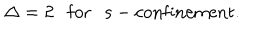
LaTeX: \Delta = 2 \mathrm { f o r s - c o n f i n e m e n t } .